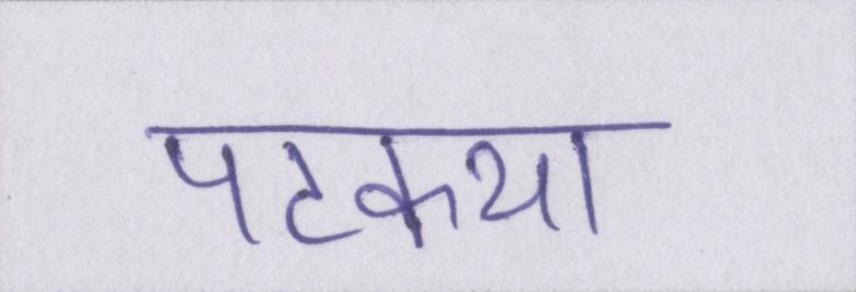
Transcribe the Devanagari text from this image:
पटकथा